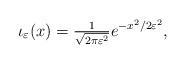
\begin{align*}\iota_\varepsilon(x) = \tfrac{1}{\sqrt{2 \pi \varepsilon^2}} e^{-x^2/2\varepsilon^2},\end{align*}